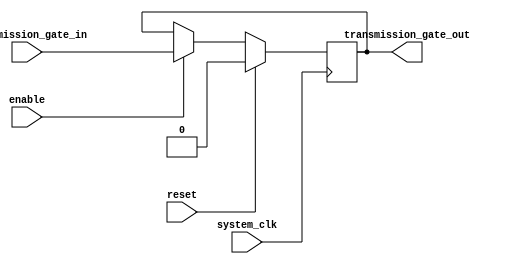
module timing_control_synchronization (
    input wire system_clk,
    input wire transmission_gate_in,
    output reg transmission_gate_out,
    input wire reset,
    input wire enable
);

reg delayed_signal;

always @(posedge system_clk) begin
    if (reset) begin
        delayed_signal <= 1'b0;
    end else begin
        if (enable) begin
            delayed_signal <= transmission_gate_in;
        end
    end
end

assign transmission_gate_out = delayed_signal;

endmodule